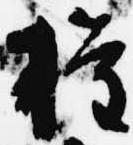
権